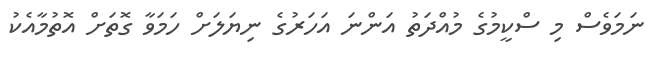
ނަމަވެސް މި ސްކީމުގެ މުއްދަތު އަންނަ އަހަރުގެ ނިޔަލަށް ހަމަވާ ގޮތަށް އޮތުމާއެކު